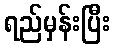
ရည်မှန်းပြီး